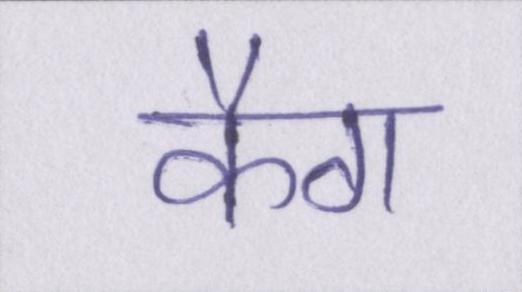
कैग